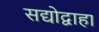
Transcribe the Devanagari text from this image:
सद्योद्वाहा